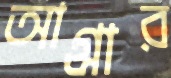
আগ্রার